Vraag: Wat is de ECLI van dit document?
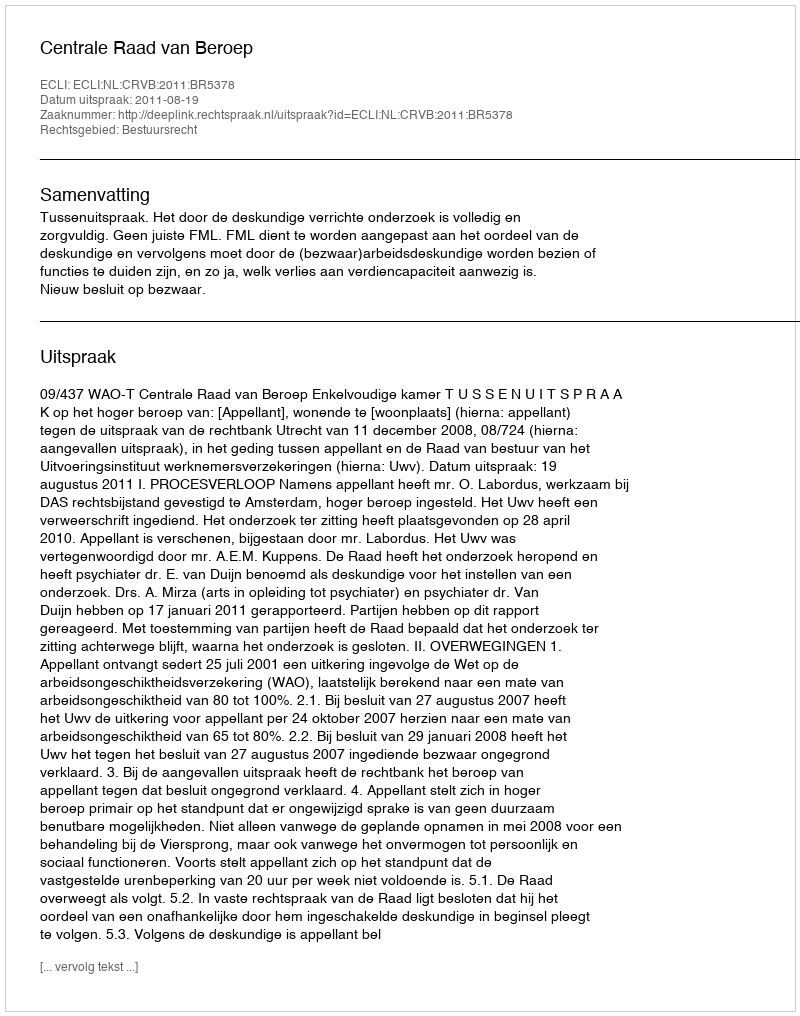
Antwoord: ECLI:NL:CRVB:2011:BR5378